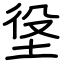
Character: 垼